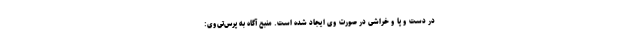
در دست و پا و خراشی در صورت وی ایجاد شده است. منبع آگاه به پرس‌تی‌وی: